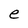
Character: e